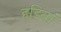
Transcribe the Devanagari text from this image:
हडियां